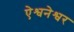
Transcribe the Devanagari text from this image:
ऐश्वनेश्वर